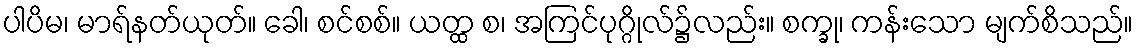
ပါပိမ၊ မာရ်နတ်ယုတ်။ ခေါ၊ စင်စစ်။ ယတ္ထ စ၊ အကြင်ပုဂ္ဂိုလ်၌လည်း။ စက္ခု၊ ကန်းသော မျက်စိသည်။